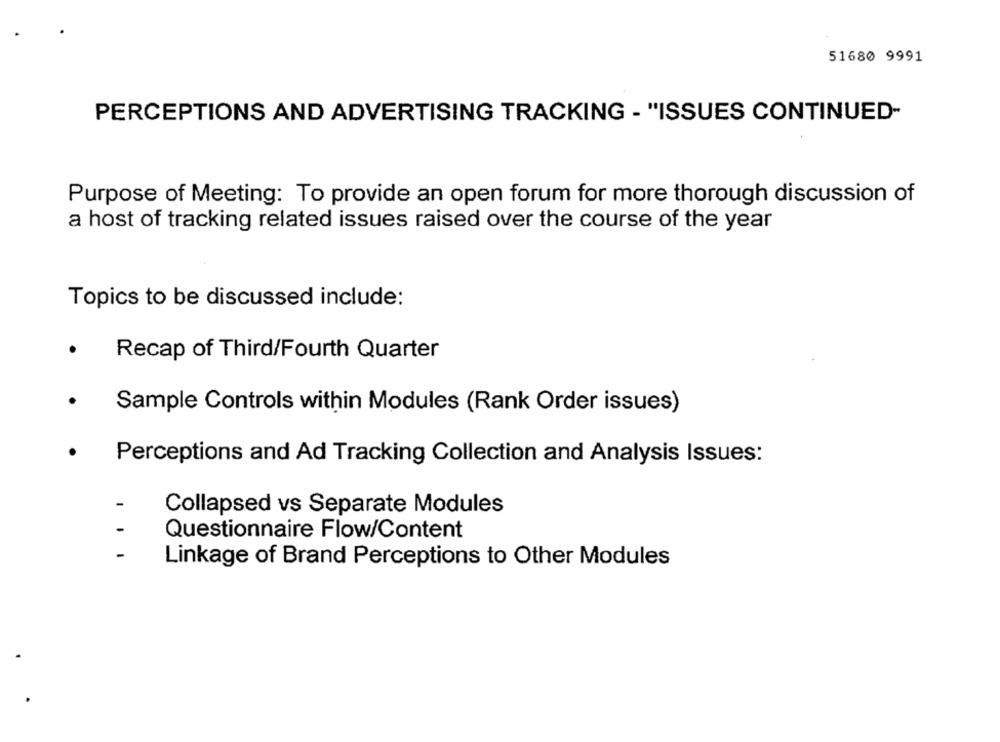
51680 9991
PERCEPTIONS AND ADVERTISING TRACKING - "ISSUES CONTINUED-
Purpose of Meeting: To provide an open forum for more thorough discussion of
a host of tracking related issues raised over the course of the year
Topics to be discussed include:
Recap of Third/Fourth Quarter
Sample Controls within Modules (Rank Order issues)
Perceptions and Ad Tracking Collection and Analysis Issues:
Collapsed vs Separate Modules
Questionnaire Flow/Content
-
Linkage of Brand Perceptions to Other Modules